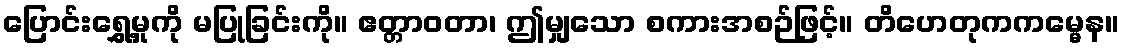
ပြောင်းရွှေ့မှုကို မပြုခြင်းကို။ ဧတ္တာဝတာ၊ ဤမျှသော စကားအစဉ်ဖြင့်။ တိဟေတုကကမ္မေန။